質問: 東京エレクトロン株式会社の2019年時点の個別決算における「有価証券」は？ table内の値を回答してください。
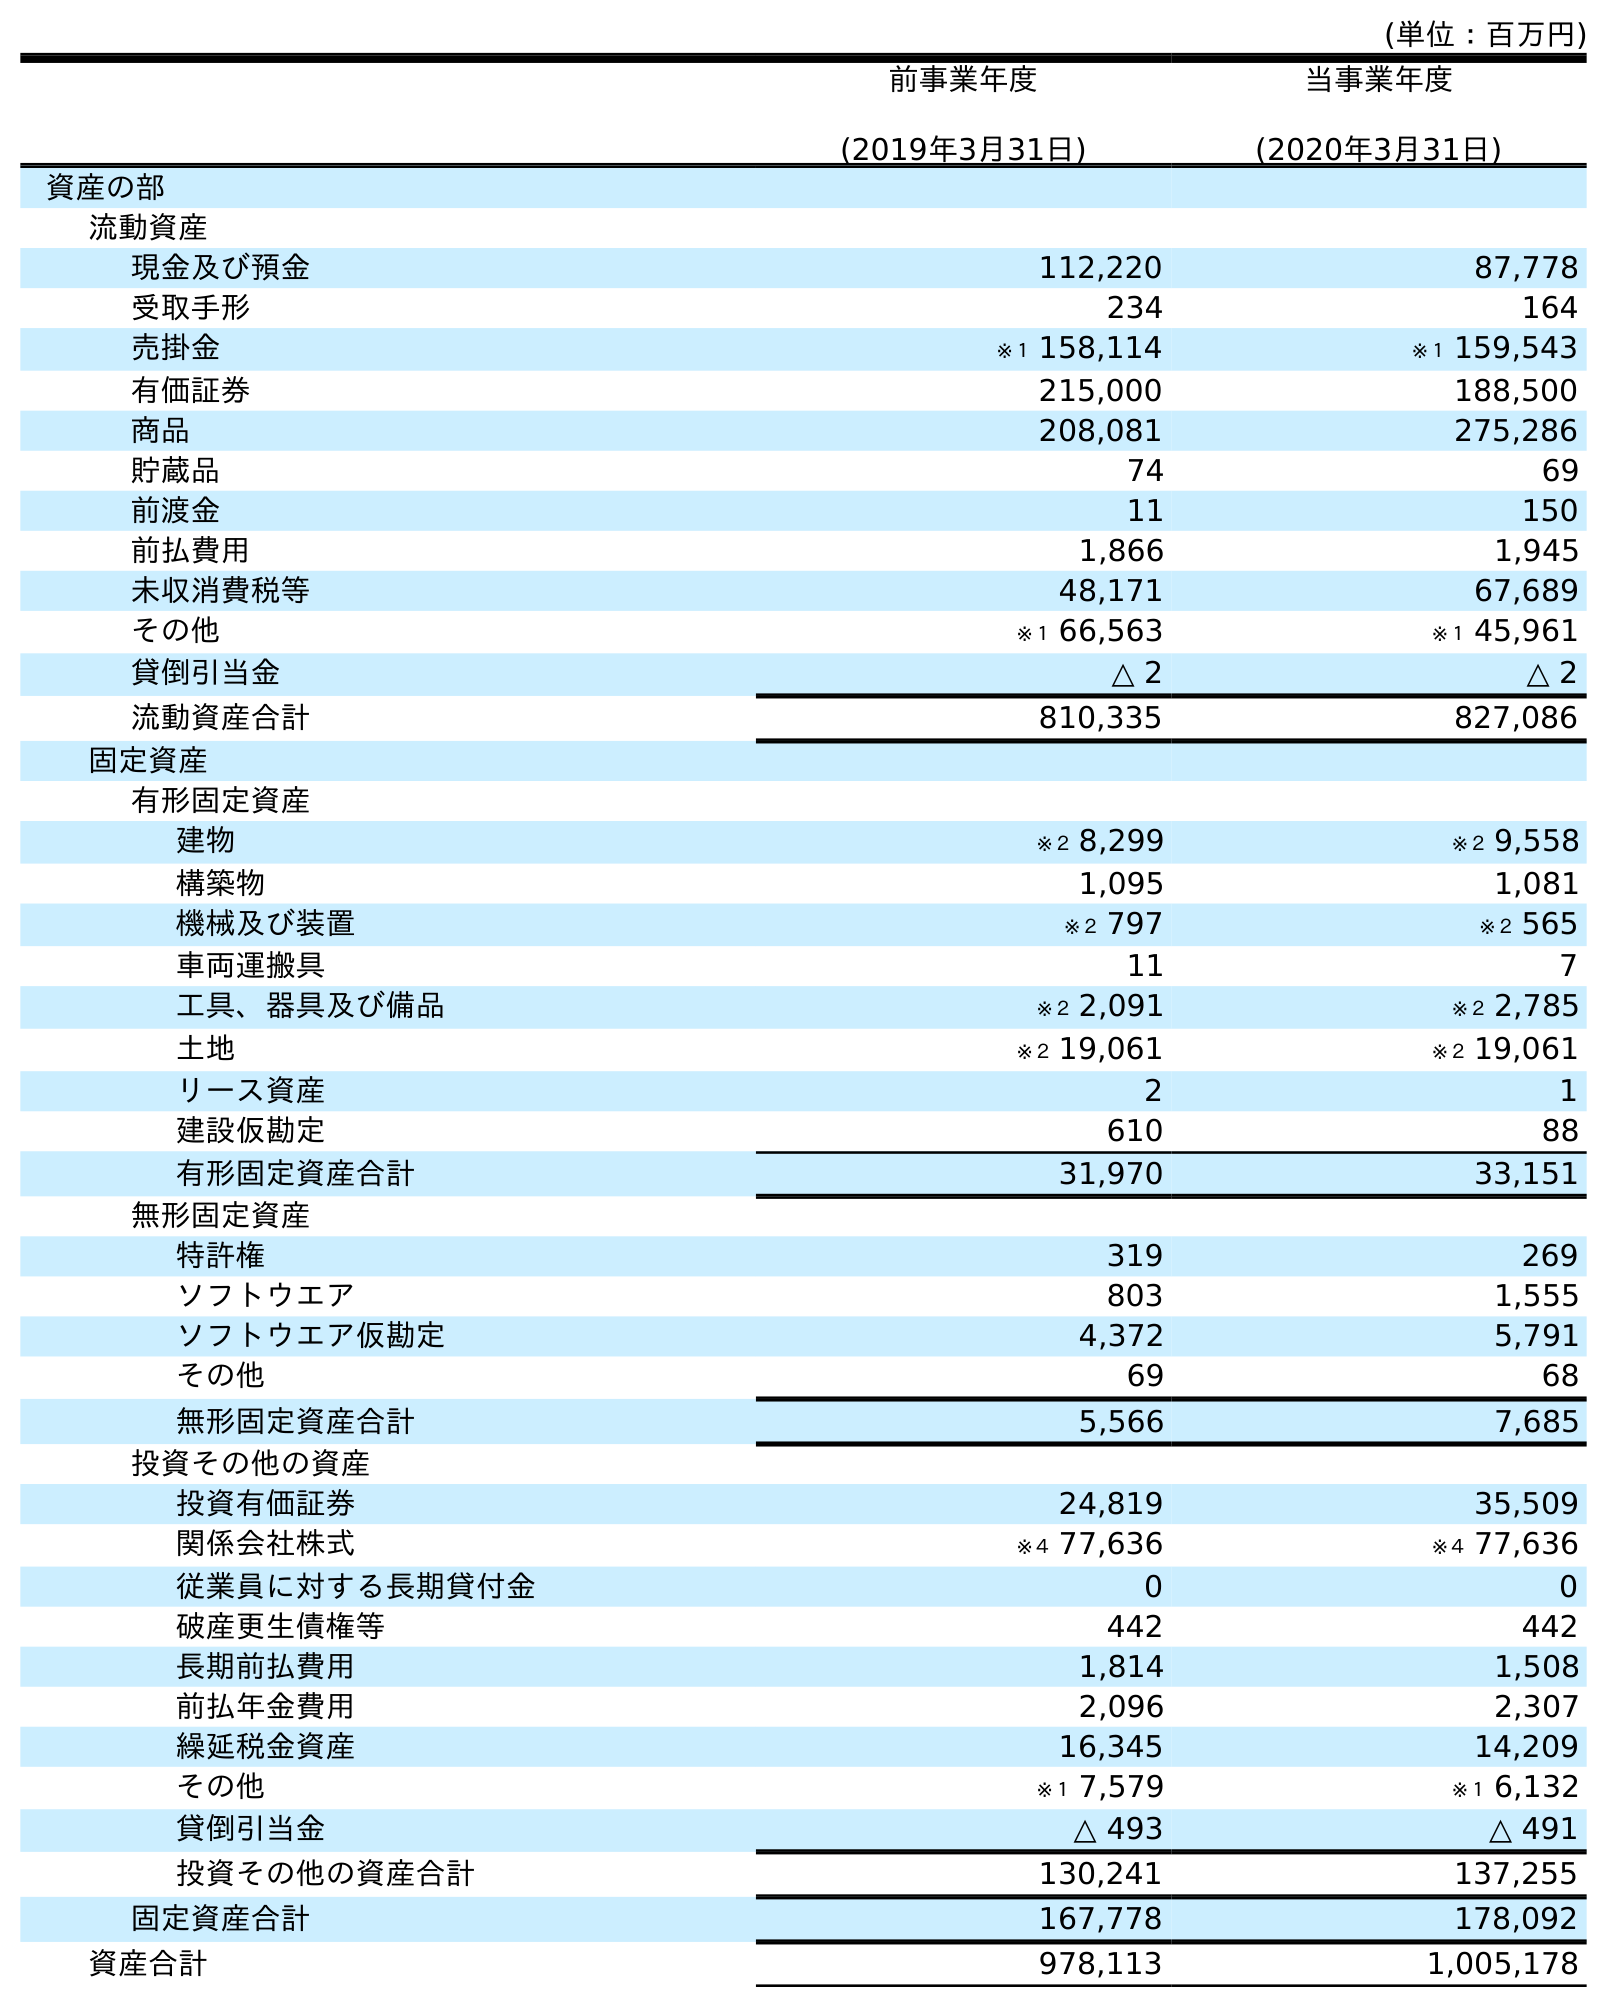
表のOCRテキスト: (単位：百万円) 前事業年度 (2019年3月31日) 当事業年度 (2020年3月31日) 資産の部 流動資産 現金及び預金 112,220 87,778 受取手形 234 164 売掛金 ※１ 158,114 ※１ 159,543 有価証券 215,000 188,500 商品 208,081 275,286 貯蔵品 74 69 前渡金 11 150 前払費用 1,866 1,945 未収消費税等 48,171 67,689 その他 ※１ 66,563 ※１ 45,961 貸倒引当金 △ 2 △ 2 流動資産合計 810,335 827,086 固定資産 有形固定資産 建物 ※２ 8,299 ※２ 9,558 構築物 1,095 1,081 機械及び装置 ※２ 797 ※２ 565 車両運搬具 11 7 工具、器具及び備品 ※２ 2,091 ※２ 2,785 土地 ※２ 19,061 ※２ 19,061 リース資産 2 1 建設仮勘定 610 88 有形固定資産合計 31,970 33,151 無形固定資産 特許権 319 269 ソフトウエア 803 1,555 ソフトウエア仮勘定 4,372 5,791 その他 69 68 無形固定資産合計 5,566 7,685 投資その他の資産 投資有価証券 24,819 35,509 関係会社株式 ※４ 77,636 ※４ 77,636 従業員に対する長期貸付金 0 0 破産更生債権等 442 442 長期前払費用 1,814 1,508 前払年金費用 2,096 2,307 繰延税金資産 16,345 14,209 その他 ※１ 7,579 ※１ 6,132 貸倒引当金 △ 493 △ 491 投資その他の資産合計 130,241 137,255 固定資産合計 167,778 178,092 資産合計 978,113 1,005,178
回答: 215,000